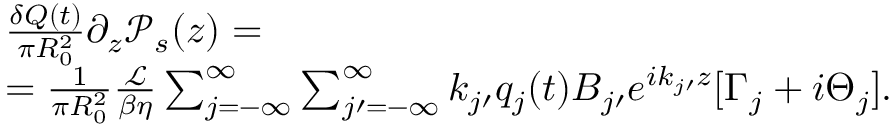
\begin{array} { r l } & { \frac { \delta Q ( t ) } { \pi R _ { 0 } ^ { 2 } } \partial _ { z } \mathcal { P } _ { s } ( z ) = } \\ & { = \frac { 1 } { \pi R _ { 0 } ^ { 2 } } \frac { \mathcal { L } } { \beta \eta } \sum _ { j = - \infty } ^ { \infty } \sum _ { j \prime = - \infty } ^ { \infty } k _ { j \prime } q _ { j } ( t ) B _ { j \prime } e ^ { i k _ { j \prime } z } [ \Gamma _ { j } + i \Theta _ { j } ] . } \end{array}